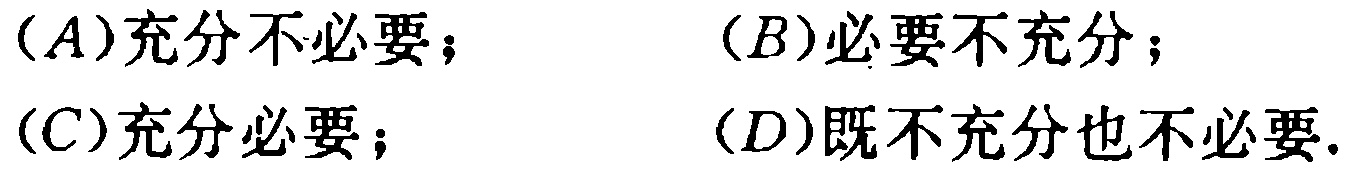
(A)充分不必要；

(B)必要不充分；

(C)充分必要；

(D)既不充分也不必要.